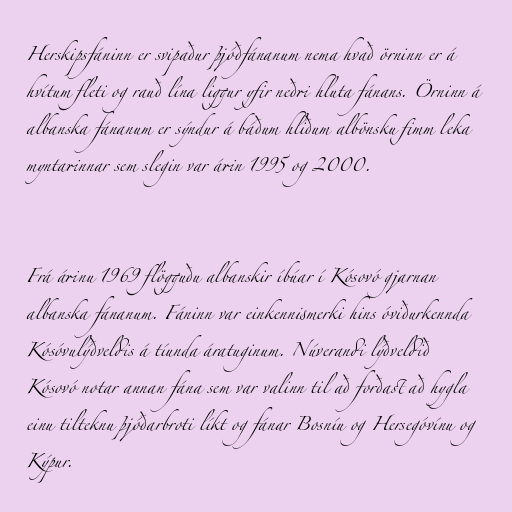
Herskipsfáninn er svipaður þjóðfánanum nema hvað örninn er á
hvítum fleti og rauð lína liggur yfir neðri hluta fánans. Örninn á
albanska fánanum er sýndur á báðum hliðum albönsku fimm leka
myntarinnar sem slegin var árin 1995 og 2000.

Frá árinu 1969 flögguðu albanskir íbúar í Kósovó gjarnan
albanska fánanum. Fáninn var einkennismerki hins óviðurkennda
Kósóvulýðveldis á tíunda áratuginum. Núverandi lýðveldið
Kósovó notar annan fána sem var valinn til að forðast að hygla
einu tilteknu þjóðarbroti líkt og fánar Bosníu og Hersegóvínu og
Kýpur.